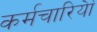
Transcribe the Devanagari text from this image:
कर्मचारियेां